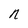
Character: n